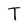
Character: T